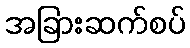
အခြားဆက်စပ်